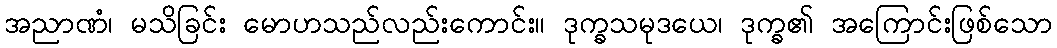
အညာဏံ၊ မသိခြင်း မောဟသည်လည်းကောင်း။ ဒုက္ခသမုဒယေ၊ ဒုက္ခ၏ အကြောင်းဖြစ်သော